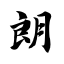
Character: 朗